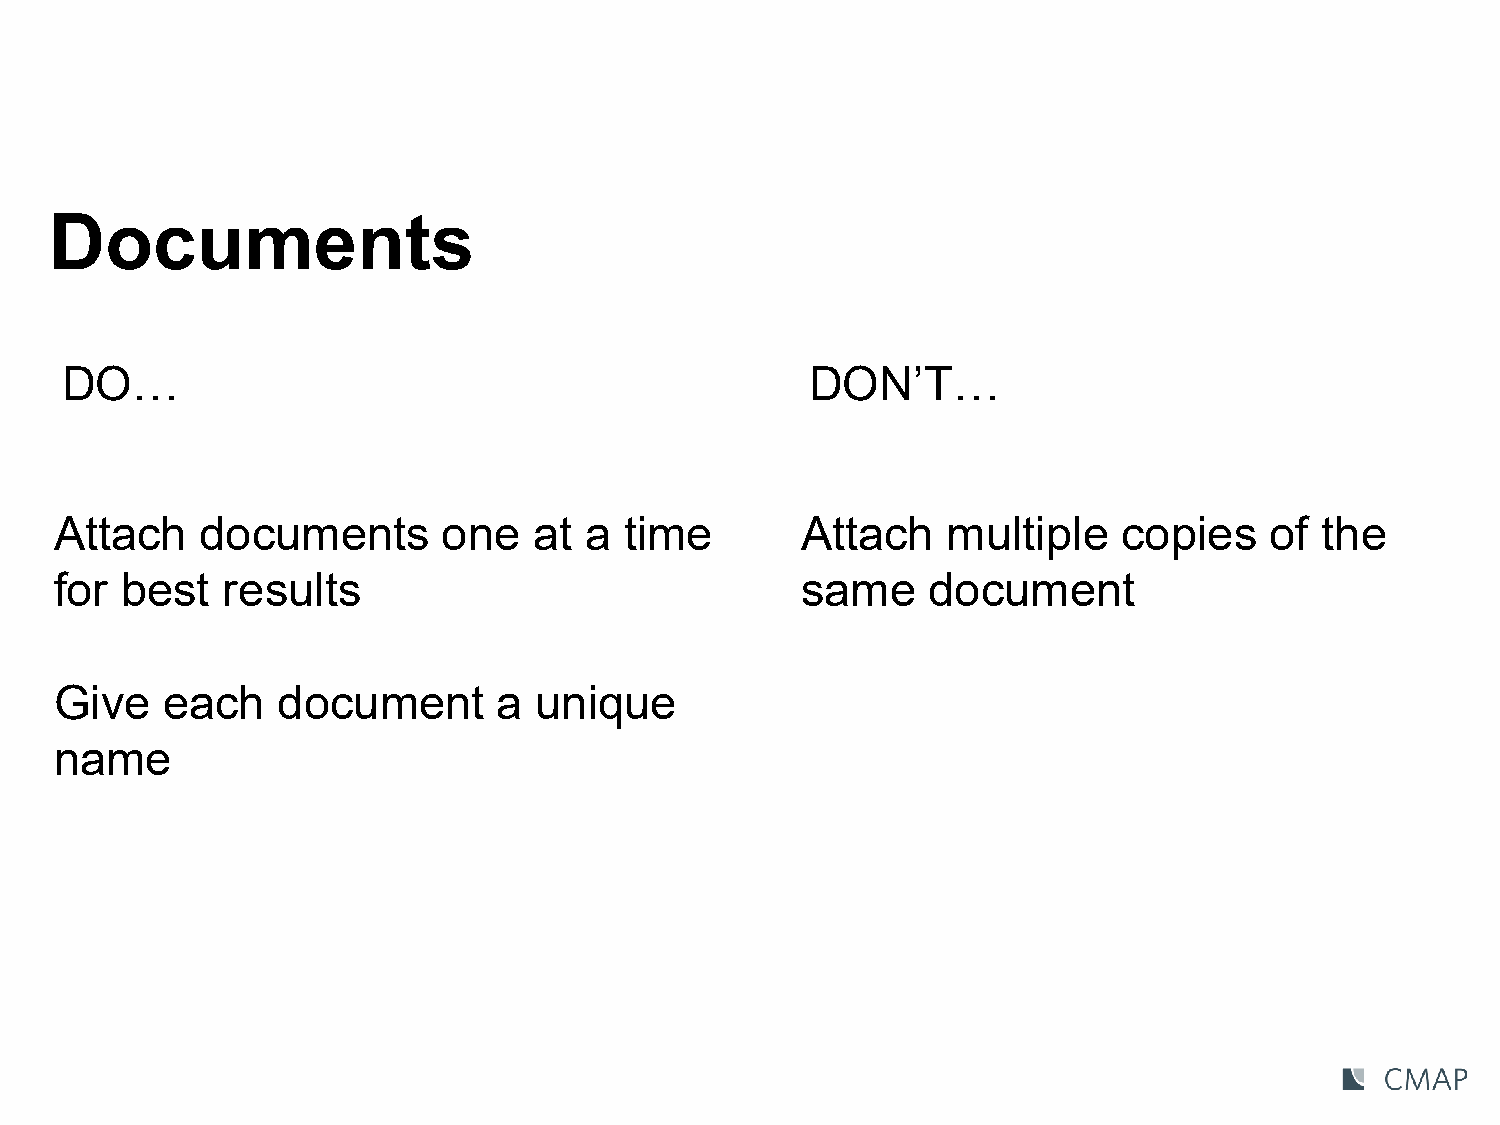
Documents
 DO…                                               DON’T…
 Attach   documents       one   at  a time        Attach    multiple   copies    of the
 for best   results                               same    document
 Give   each   document       a unique
 name